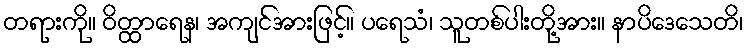
တရားကို။ ဝိတ္ထာရေန၊ အကျင်အားဖြင့်။ ပရေသံ၊ သူတစ်ပါးတို့အား။ နာပိဒေသေတိ၊